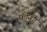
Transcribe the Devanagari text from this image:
फॅनिंग